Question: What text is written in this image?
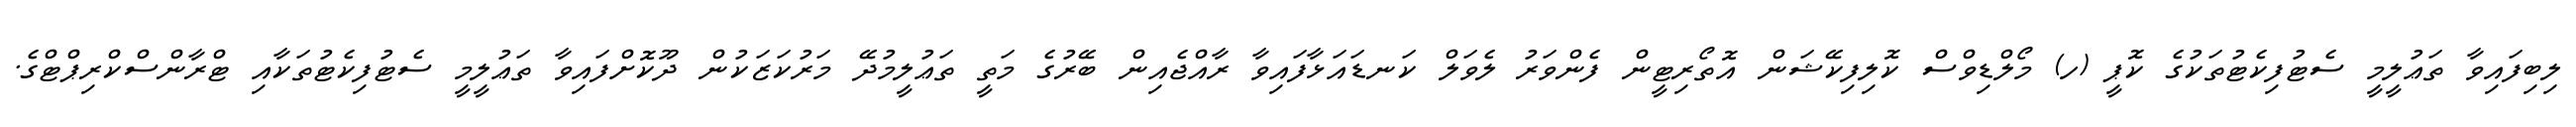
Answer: ލިބިފައިވާ ތަޢުލީމީ ސެޓުފިކެޓުތަކުގެ ކޮޕީ (ހ) މޯލްޑިވްސް ކޮލިފިކޭޝަން އޮތޯރިޓީން ފެންވަރު ލެވަލް ކަނޑައަޅާފައިވާ ރާއްޖެއިން ބޭރުގެ މަތީ ތަޢުލީމުދޭ މަރުކަޒަކުން ދޫކޮށްފައިވާ ތަޢުލީމީ ސެޓުފިކެޓުތަކާއި ޓްރާންސްކްރިޕްޓްގެ.